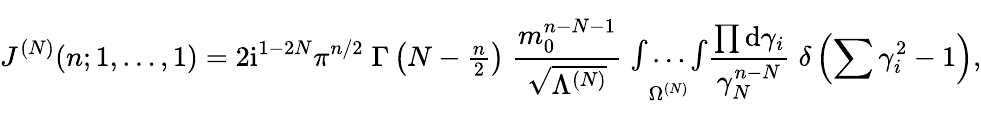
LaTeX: J^{(N)}(n;1,\ldots,1)=2\mathrm{i}^{1-2N}\pi^{n/2}\; \Gamma\left(N-{\textstyle{\frac{n}{2}}}\right)\; \frac{m_{0}^{n-N-1}}{\sqrt{\Lambda^{(N)}}}\; \begin{array}{c}{{{}}}\\ {{\int\ldots\int}}\\ {{{}^{\Omega^{(N)}}}}\end{array}\frac{\prod\mathrm{d}\gamma_{i}}{\gamma_{N}^{n-N}}\; \delta\left(\sum\gamma_{i}^{2}-1\right),